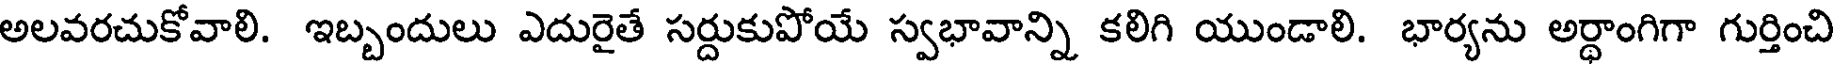
అలవరచుకోవాలి. ఇబ్బందులు ఎదురైతే సర్దుకుపోయే స్వభావాన్ని కలిగి యుండాలి. భార్యను అర్ధాంగిగా గుర్తించి